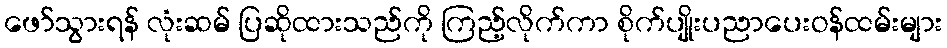
ဖော်သွားရန် လုံးဆမ် ပြဆိုထားသည်ကို ကြည့်လိုက်ကာ စိုက်ပျိုးပညာပေးဝန်ထမ်းများ